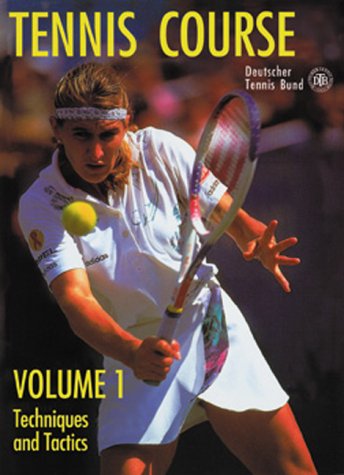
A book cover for Tennis Course, Volume 1: Techniques and Tactics; Deutscher Tennis Bund (German Tennis Organization); Sports & Outdoors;